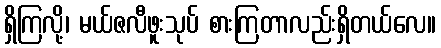
ရှိကြလို့၊ မယ်ဇလီဖူးသုပ် စားကြတာလည်းရှိတယ်လေ။